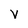
Character: V